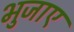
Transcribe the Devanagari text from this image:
भुजाए